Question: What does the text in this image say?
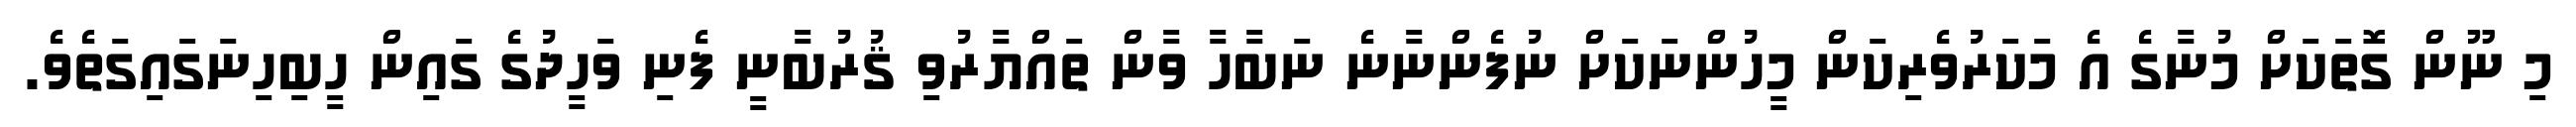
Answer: މި ނޫން ގޮތަކަށް މުނާގެ އެ މަކަރުވެރިކަން މީހުންނަކަށް ނުފެންނާނެ ނަބާހާ ވާން ތައްޔާރުވި ޤުރުބާނީ ފެނި ވަހީދުގެ ގައިން ހީބިހިނަގައިގަތެވެ.